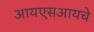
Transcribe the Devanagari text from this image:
आयएसआयचे